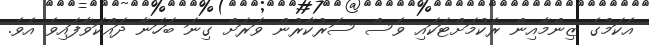
އެކަމުގެ ޒިންމާއިން ރެކުމަށްޓަކައި ވެސް ސަރުކާރުން ވަރަށް ގިނަ ބަހަނާ ދައްކަވާފައިވެ އެވެ.